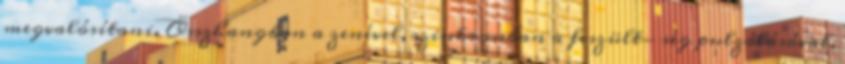
megvalósítani. Összhangban a zenével, szinkronban a feszült- ség pulzálásával,